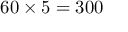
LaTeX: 6 0 \times 5 = 3 0 0